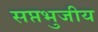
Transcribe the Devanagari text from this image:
सप्तभुजीय